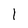
Character: l